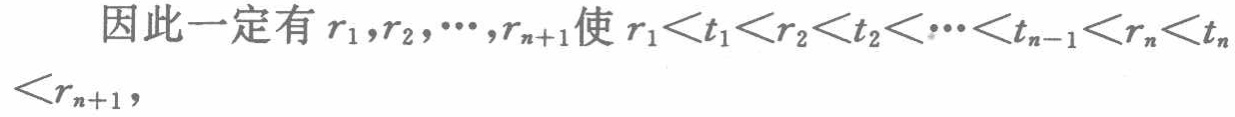
因此一定有 \(r_1,r_2,\cdots,r_{n + 1}\)使 \(r_1<t_1<r_2<t_2<\cdots<t_{n - 1}<r_n<t_n<r_{n + 1}\)，